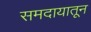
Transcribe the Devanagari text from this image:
समदायातून